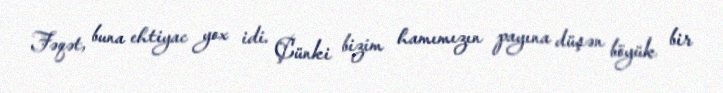
Fəqət, buna ehtiyac yox idi. Çünki bizim hamımızın payına düşən böyük bir